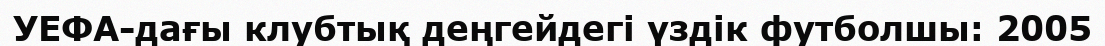
УЕФА-дағы клубтық деңгейдегі үздік футболшы: 2005